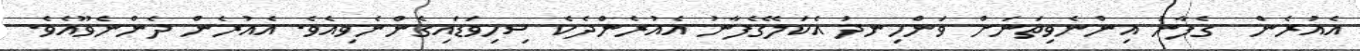
އެއުރެން  ގެފާނު އިންނެވިތަނަށް ވަންހިނދު އެކަލޭގެފާނު އެއުރެންދެކެ ސިހިވަޑައިގެންނެވިއެވެ. އެއުރެން ދެންނެވޫއެވެ.